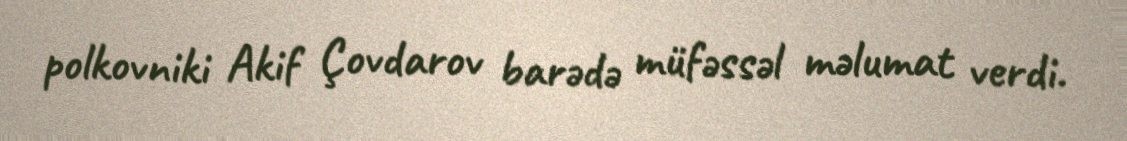
polkovniki Akif Çovdarov barədə müfəssəl məlumat verdi.